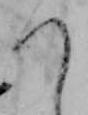
つ